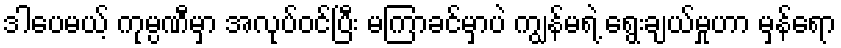
ဒါပေမယ့် ကုမ္ပဏီမှာ အလုပ်ဝင်ပြီး မကြာခင်မှာပဲ ကျွန်မရဲ့ ရွေးချယ်မှုဟာ မှန်ရော